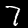
Label: 7